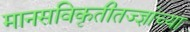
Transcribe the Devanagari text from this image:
मानसविकृतीतज्ज्ञांच्या